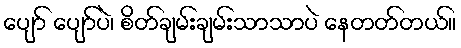
ပျော် ပျော်ပဲ၊ စိတ်ချမ်းချမ်းသာသာပဲ နေတတ်တယ်။